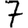
Digit: 7